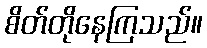
စိတ်တိုနေကြသည်။